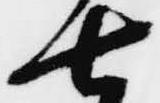
七